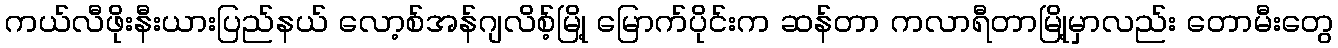
ကယ်လီဖိုးနီးယားပြည်နယ် လော့စ်အန်ဂျလိစ့်မြို့ မြောက်ပိုင်းက ဆန်တာ ကလာရီတာမြို့မှာလည်း တောမီးတွေ